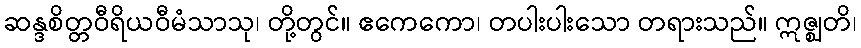
ဆန္ဒစိတ္တဝီရိယဝီမံသာသု၊ တို့တွင်။ ဧကေကော၊ တပါးပါးသော တရားသည်။ ဣဇ္ဈတိ၊